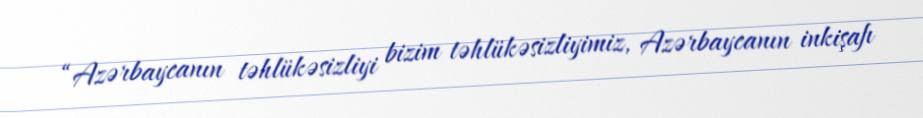
“Azərbaycanın təhlükəsizliyi bizim təhlükəsizliyimiz, Azərbaycanın inkişafı